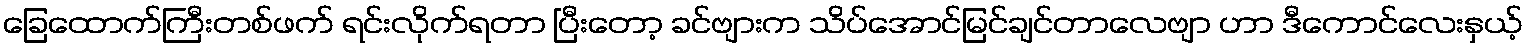
ခြေထောက်ကြီးတစ်ဖက် ရင်းလိုက်ရတာ ပြီးတော့ ခင်ဗျားက သိပ်အောင်မြင်ချင်တာလေဗျာ ဟာ ဒီကောင်လေးနှယ့်